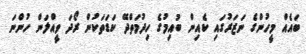
ބައެއް މީހުންގެ ނަޒަރުގައި ކެއިން ބުއިމުގެ ހިދުމަތްދޭ ކަޑަތަކުން ރޯދަ ވީއްލަން ހުންނަ